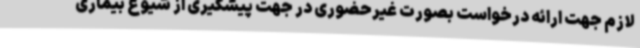
لازم جهت ارائه درخواست بصورت غیرحضوری در جهت پیشگیری از شیوع بیماری